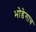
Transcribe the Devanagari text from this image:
भोडेगाव